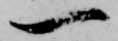
一